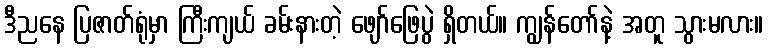
ဒီညနေ ပြဇာတ်ရုံမှာ ကြီးကျယ် ခမ်းနားတဲ့ ဖျော်ဖြေပွဲ ရှိတယ်။ ကျွန်တော်နဲ့ အတူ သွားမလား။